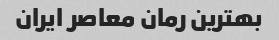
بهترین رمان معاصر ایران